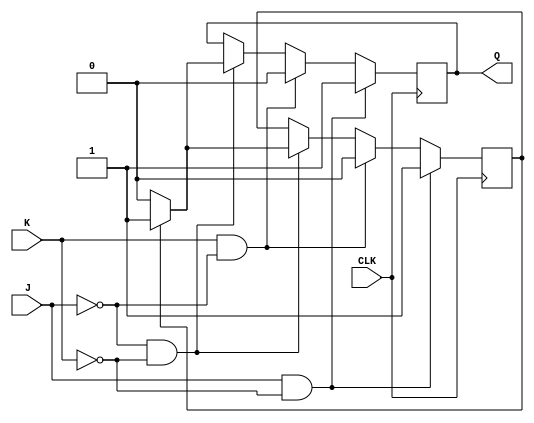
module jk_latch (
    input J,
    input K,
    input CLK,
    output reg Q
);

reg state;

always @(posedge CLK) begin
    if (J & ~K) begin // SET state
        Q <= 1;
        state <= 1;
    end else if (K & ~J) begin // RESET state
        Q <= 0;
        state <= 0;
    end else if (~J & ~K) begin // maintain current state
        if (state == 1) begin
            Q <= 1;
            state <= 1;
        end else begin
            Q <= 0;
            state <= 0;
        end
    end
end

endmodule